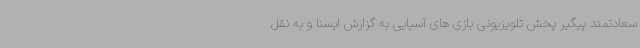
سعادتمند پیگیر پخش تلویزیونی بازی های آسیایی به گزارش ایسنا و به نقل